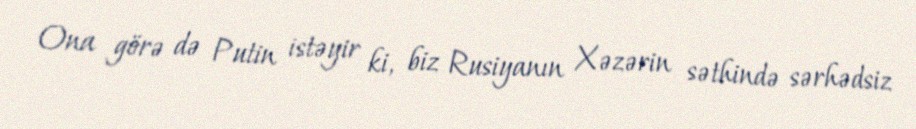
Ona görə də Putin istəyir ki, biz Rusiyanın Xəzərin səthində sərhədsiz